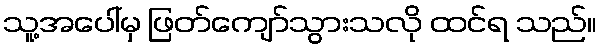
သူ့အပေါ်မှ ဖြတ်ကျော်သွားသလို ထင်ရ သည်။